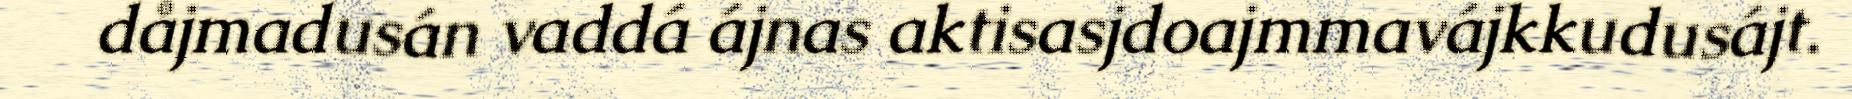
dåjmadusán vaddá ájnas aktisasjdoajmmavájkkudusájt.